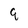
Character: 9